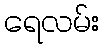
ရေလမ်း